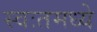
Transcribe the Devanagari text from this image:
स्वःतमध्ये